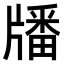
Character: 𤗹